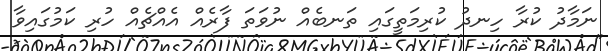
ނަމާދު ކުރާ ހިނދު ކުރިމަތީގައި ތަނބެއް ނުވަތަ ފާރެއް އެއްޗެއް ހުރި ކަމުގައިވާ